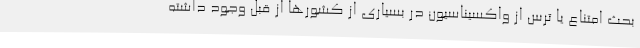
بحث امتناع یا ترس از واکسیناسیون در بسیاری از کشورها از قبل وجود داشته